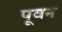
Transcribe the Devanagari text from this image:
पूवन